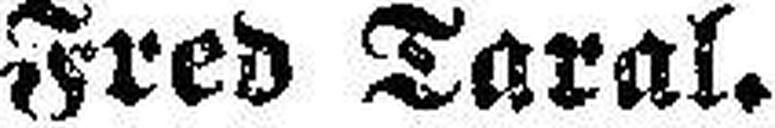
Fred Taral.